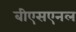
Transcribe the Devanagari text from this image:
बीएसएनल